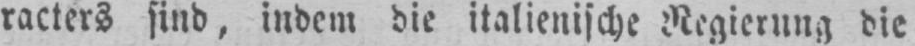
racters sind, indem die italienische Regierung die